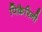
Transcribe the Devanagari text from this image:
पिकैरिनी